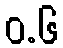
ဝ.၆